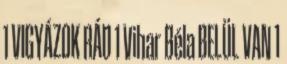
1 VIGYÁZOK RÁD 1 Vihar Béla BELÜL VAN 1